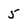
Character: 5